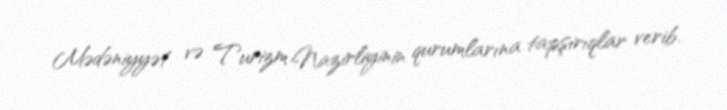
Mədəniyyət və Turizm Nazirliyinin qurumlarına tapşırıqlar verib.